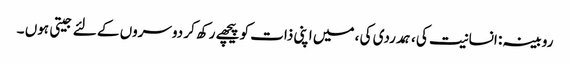
روبینہ : انسانیت کی ، ہمدردی کی ، میں اپنی ذات کو پیچھے رکھ کر دوسروں کے لئے جیتی ہوں ۔